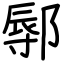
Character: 鄏